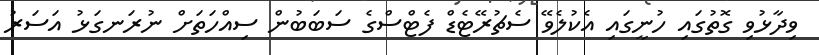
ވިދާޅުވި ގޮތުގައި ހުނީގައި އެކުލެވޭ ސެޗުރޭޓެޑް ފެޓްސްގެ ސަބަބުން ސިއްހަތަށް ނުރަނގަޅު އަސަރު